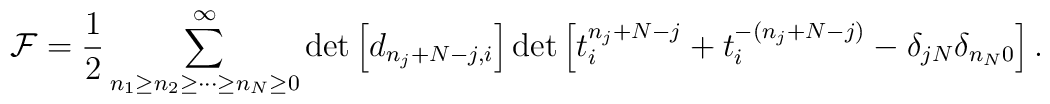
{\cal F} = \frac{1}{2}\sum_{n_{1} \geq n_{2} \geq \cdots \geq n_{N}\geq 0}^{\infty} \det\left[d_{n_{j}+N-j,i}\right] \det\left[t_{i}^{n_{j}+N-j}+t_{i}^{-(n_{j}+N-j)}-\delta_{jN}\delta_{n_{N}0}\right].